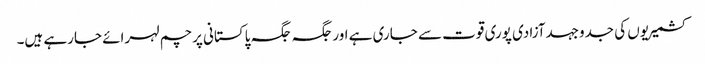
کشمیریوں کی جدوجہدآزادی پوری قوت سے جاری ہے اورجگہ جگہ پاکستانی پرچم لہرائے جارہے ہیں۔